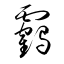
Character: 靏